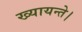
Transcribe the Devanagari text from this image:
ख्यायन्ते।